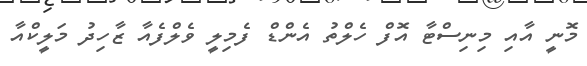
މޮނީ އާއި މިނިސްޓާ އޮފް ހެލްތު އެންޑް ފެމިލީ ވެލްފެއާ ޒާހިދު މަލީކްއާ